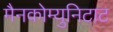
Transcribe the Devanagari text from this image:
मैनकोम्युनिटाट